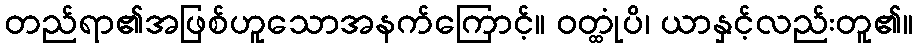
တည်ရာ၏အဖြစ်ဟူသောအနက်ကြောင့်။ ဝတ္ထုံပိ၊ ယာနှင့်လည်းတူ၏။